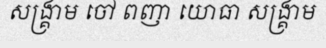
សង្គ្រាម ចៅ ពញា យោធា សង្គ្រាម